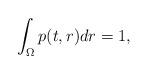
LaTeX: \begin{align*} \int_{\Omega}{p(t,r)dr} = 1,\end{align*}